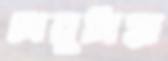
লেবুমিয়া